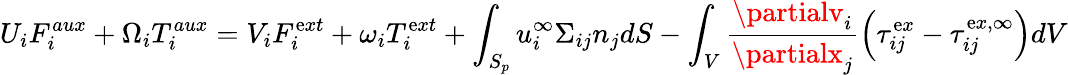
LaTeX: U_{i}F_{i}^{aux}+\Omega_{i}T_{i}^{aux}=V_{i}F_{i}^{\mathrm{e}xt}+\omega_{i}T_{i}^{\mathrm{e}xt}+\int_{S_{p}}u_{i}^{\infty}\Sigma_{ij}n_{j}dS-\int_{V}\frac{{\partialv_{i}}}{{\partialx_{j}}}\left(\tau_{ij}^{\mathrm{e}x}-\tau_{ij}^{\mathrm{e}x,\infty}\right)dV